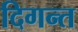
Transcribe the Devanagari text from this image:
दिगन्त